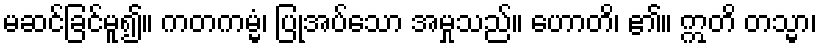
မဆင်ခြင်မူ၍။ ကတကမ္မံ၊ ပြုအပ်သော အမှုသည်။ ဟောတိ၊ ၏။ ဣတိ တသ္မာ၊